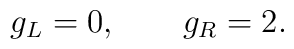
g_{L}=0, \ \ \ \ \ \   g_{R}=2.